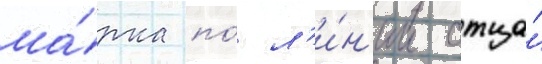
ма́рка по́ л'и́н'ии отца́